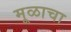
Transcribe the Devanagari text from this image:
मूळाचा